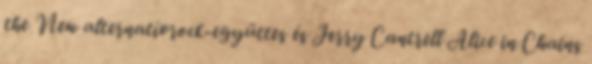
the New alternatívrock-együttes és Jerry Cantrell Alice in Chains